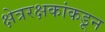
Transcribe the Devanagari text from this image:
क्षेत्ररक्षकांकडून